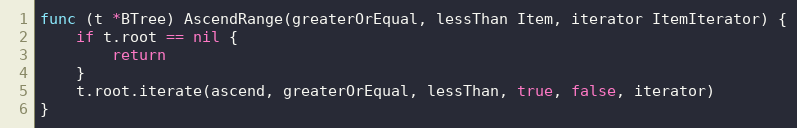
Language: Go
func (t *BTree) AscendRange(greaterOrEqual, lessThan Item, iterator ItemIterator) {
	if t.root == nil {
		return
	}
	t.root.iterate(ascend, greaterOrEqual, lessThan, true, false, iterator)
}